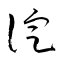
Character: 淀